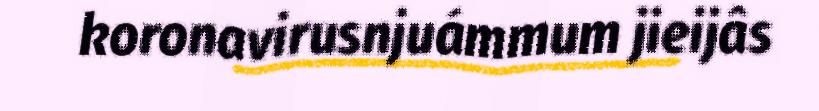
koronavirusnjuámmum jieijâs